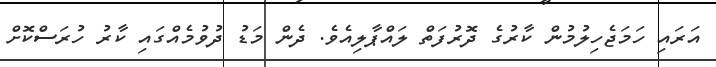
އަރައި ހަމަޖެހިލުމުން ކާރުގެ ދޮރުފަތް ލައްޕާލިއެވެ. ދެން މަޑު ދުވުމެއްގައި ކާރު ހުރަސްކޮށް